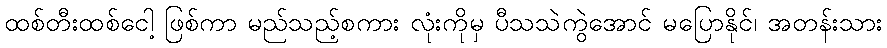
ထစ်တီးထစ်ငေါ့ ဖြစ်ကာ မည်သည့်စကား လုံးကိုမှ ပီသသဲကွဲအောင် မပြောနိုင်၊ အတန်းသား